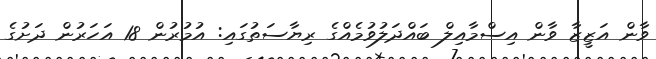
ވާން އަޒީޒާ ވާން އިސްމާއިލް ބައްދަލުވުމެއްގެ ރިޔާސަތުގައި: އުމުރުން 18 އަހަރުން ދަށުގެ